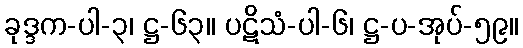
ခုဒ္ဒက-ပါ-၃၊ ဋ္ဌ-၆၃။ ပဋိသံ-ပါ-၆၊ ဋ္ဌ-ပ-အုပ်-၅၉။